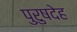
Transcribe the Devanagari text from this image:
पुरुषदेह